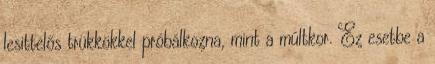
lesittelős trükkökkel próbálkozna, mint a múltkor. Ez esetbe a